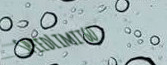
SpeedLimit60